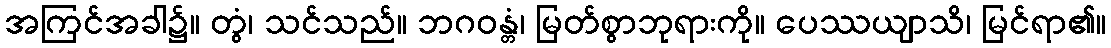
အကြင်အခါ၌။ တွံ၊ သင်သည်။ ဘဂဝန္တံ၊ မြတ်စွာဘုရားကို။ ပေဿယျာသိ၊ မြင်ရာ၏။